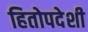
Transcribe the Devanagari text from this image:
हितोपदेशी